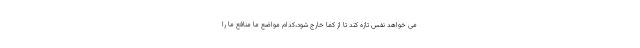
می خواهد نفس تازه کند تا از کما خارج شود،کدام مواضع ما منافع ما را